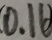
( 0 . 1 6 )